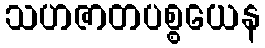
သဟဇာတပစ္စယေန